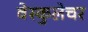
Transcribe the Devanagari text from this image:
वेस्कुलेचर